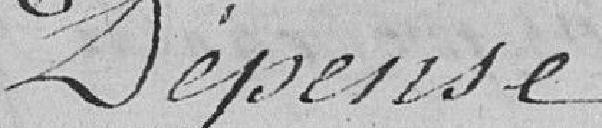
Dépense